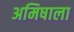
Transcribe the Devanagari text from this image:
अमिषाला